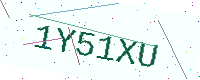
Text: 1Y51XU